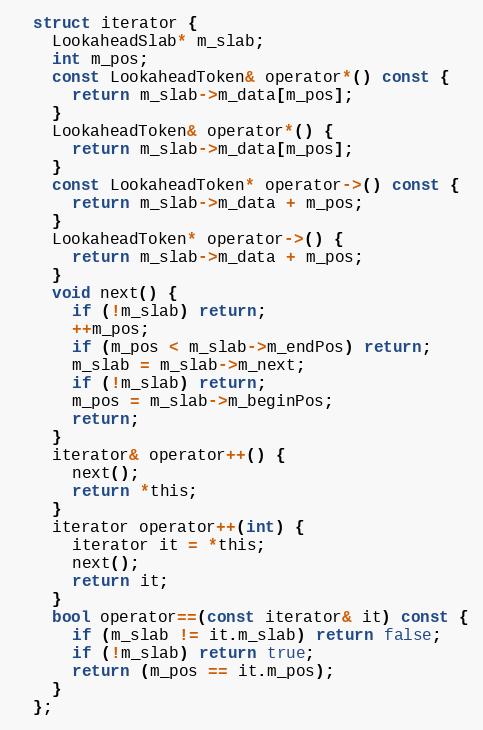
Language: C
  struct iterator {
    LookaheadSlab* m_slab;
    int m_pos;
    const LookaheadToken& operator*() const {
      return m_slab->m_data[m_pos];
    }
    LookaheadToken& operator*() {
      return m_slab->m_data[m_pos];
    }
    const LookaheadToken* operator->() const {
      return m_slab->m_data + m_pos;
    }
    LookaheadToken* operator->() {
      return m_slab->m_data + m_pos;
    }
    void next() {
      if (!m_slab) return;
      ++m_pos;
      if (m_pos < m_slab->m_endPos) return;
      m_slab = m_slab->m_next;
      if (!m_slab) return;
      m_pos = m_slab->m_beginPos;
      return;
    }
    iterator& operator++() {
      next();
      return *this;
    }
    iterator operator++(int) {
      iterator it = *this;
      next();
      return it;
    }
    bool operator==(const iterator& it) const {
      if (m_slab != it.m_slab) return false;
      if (!m_slab) return true;
      return (m_pos == it.m_pos);
    }
  };